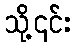
သို့၎င်း